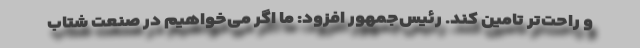
و راحت‌تر تامین کند. رئیس‌جمهور افزود: ما اگر می‌خواهیم در صنعت شتاب